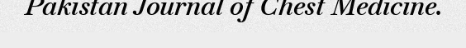
Pakistan Journal of Chest Medicine.